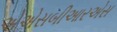
એએસબીઆરએસ